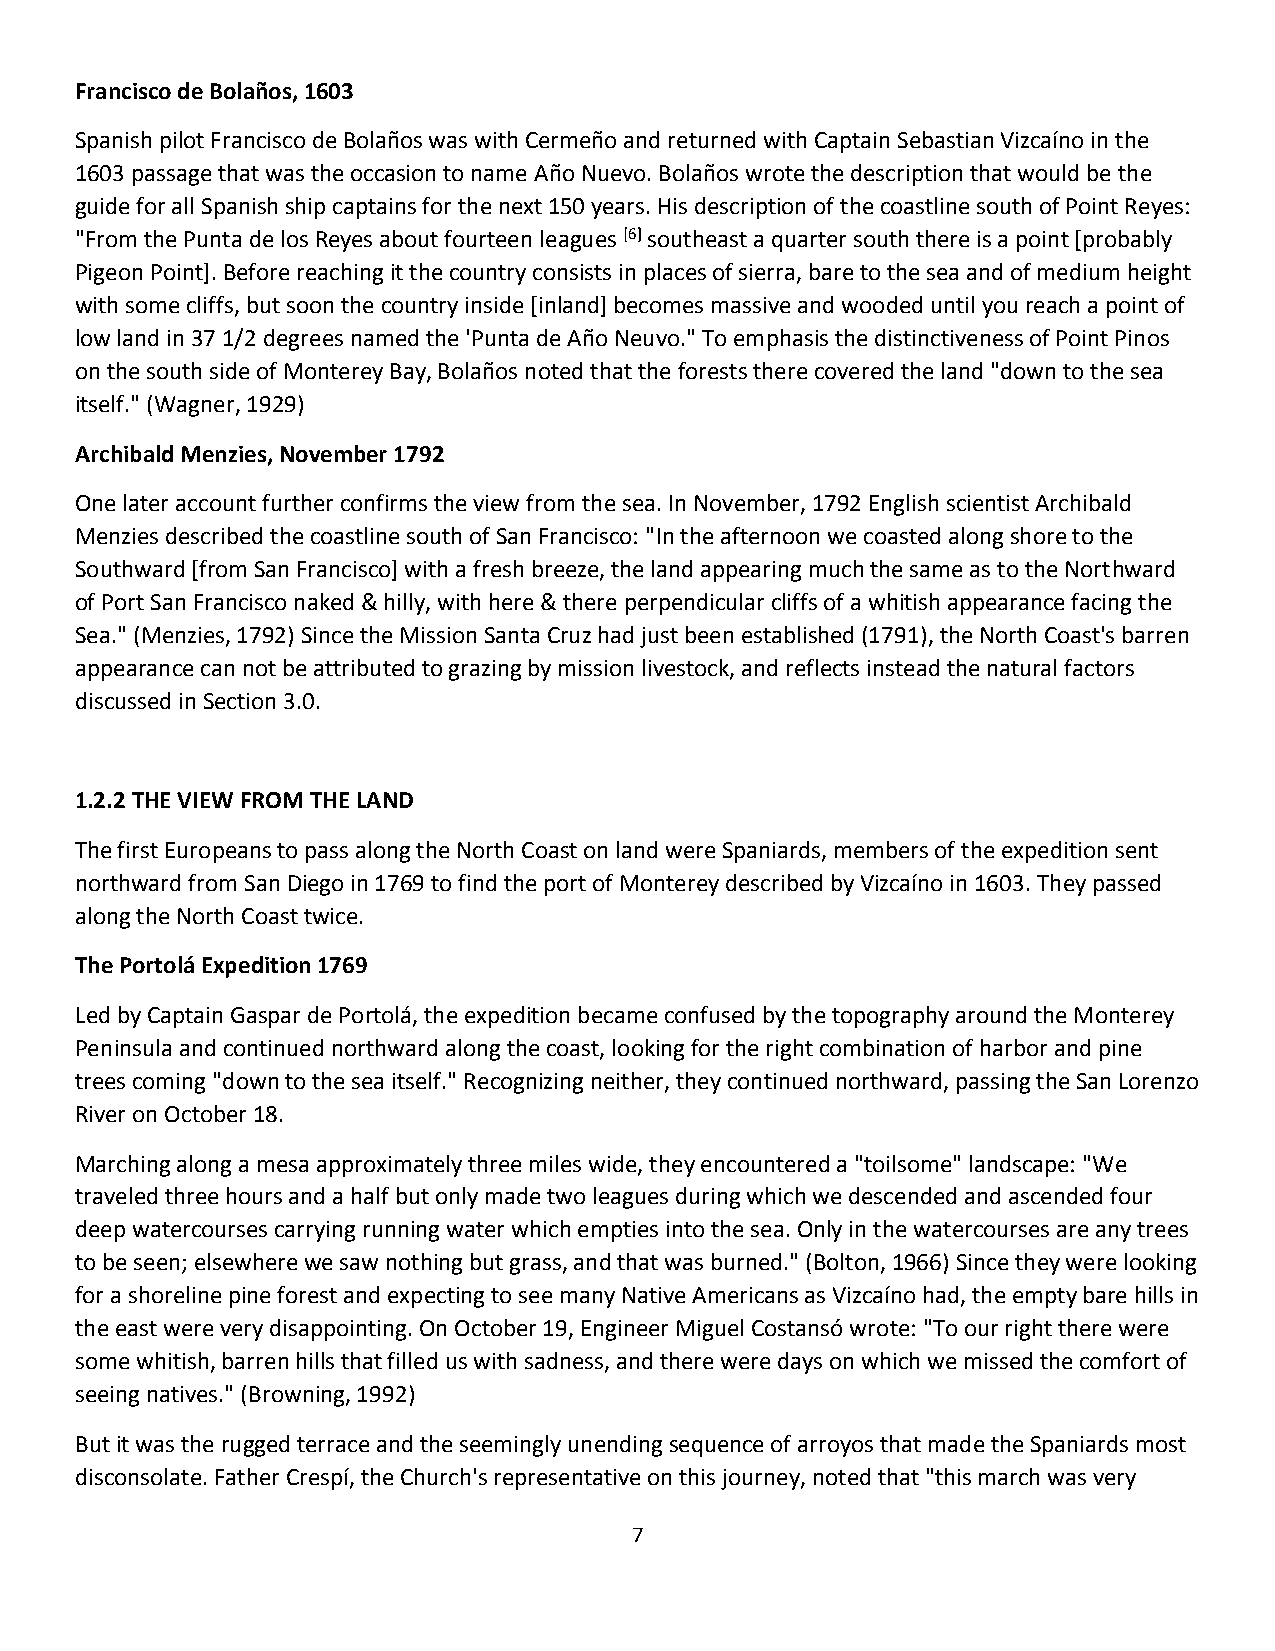
Francisco de Bolaños, 1603
 Spanish pilot Francisco de Bolaños was with Cermeño and returned with Captain Sebastian Vizcaíno in the
 1603 passage that was the occasion to name Año Nuevo. Bolaños wrote the description that would be the
 guide for all Spanish ship captains for the next 150 years. His description of the coastline south of Point Reyes:
 "From the Punta de los Reyes about fourteen leagues [6] southeast a quarter south there is a point [probably
 Pigeon Point]. Before reaching it the country consists in places of sierra, bare to the sea and of medium height
 with some cliffs, but soon the country inside [inland] becomes massive and wooded until you reach a point of
 low land in 37 1/2 degrees named the 'Punta de Año Neuvo." To emphasis the distinctiveness of Point Pinos
 on the south side of Monterey Bay, Bolaños noted that the forests there covered the land "down to the sea
 itself." (Wagner, 1929)
 Archibald Menzies, November 1792
 One later account further confirms the view from the sea. In November, 1792 English scientist Archibald
 Menzies described the coastline south of San Francisco: "In the afternoon we coasted along shore to the
 Southward [from San Francisco] with a fresh breeze, the land appearing much the same as to the Northward
 of Port San Francisco naked & hilly, with here & there perpendicular cliffs of a whitish appearance facing the
 Sea." (Menzies, 1792) Since the Mission Santa Cruz had just been established (1791), the North Coast's barren
 appearance can not be attributed to grazing by mission livestock, and reflects instead the natural factors
 discussed in Section 3.0.
 1.2.2 THE VIEW FROM THE LAND
 The first Europeans to pass along the North Coast on land were Spaniards, members of the expedition sent
 northward from San Diego in 1769 to find the port of Monterey described by Vizcaíno in 1603. They passed
 along the North Coast twice.
 The Portolá Expedition 1769
 Led by Captain Gaspar de Portolá, the expedition became confused by the topography around the Monterey
 Peninsula and continued northward along the coast, looking for the right combination of harbor and pine
 trees coming "down to the sea itself." Recognizing neither, they continued northward, passing the San Lorenzo
 River on October 18.
 Marching along a mesa approximately three miles wide, they encountered a "toilsome" landscape: "We
 traveled three hours and a half but only made two leagues during which we descended and ascended four
 deep watercourses carrying running water which empties into the sea. Only in the watercourses are any trees
 to be seen; elsewhere we saw nothing but grass, and that was burned." (Bolton, 1966) Since they were looking
 for a shoreline pine forest and expecting to see many Native Americans as Vizcaíno had, the empty bare hills in
 the east were very disappointing. On October 19, Engineer Miguel Costansó wrote: "To our right there were
 some whitish, barren hills that filled us with sadness, and there were days on which we missed the comfort of
 seeing natives." (Browning, 1992)
 But it was the rugged terrace and the seemingly unending sequence of arroyos that made the Spaniards most
 disconsolate. Father Crespí, the Church's representative on this journey, noted that "this march was very
 7